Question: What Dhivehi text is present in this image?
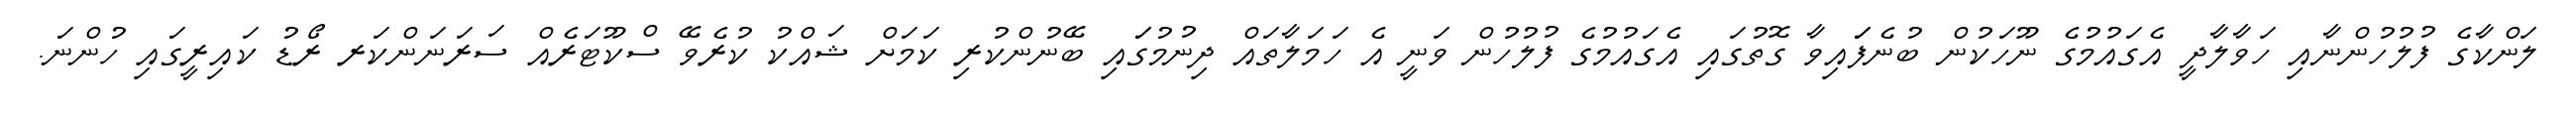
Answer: ލަންކާގެ ފުލުހުންނާއި ހަވާލާދީ އެގައުމުގެ ނޫހަކުން ބުނެފަައިވާ ގޮތުގައި އެގައުމުގެ ފުލުހުން ވަނީ އެ ހަމަލާތައް ދިނުމުގަައި ބޭނުންކުރި ކަމަށް ޝައްކު ކުރެވޭ ސްކޫޓަރެއް ސަރަނަންކަރ ރޯޑު ކައިރީގައި ހުންނަ.